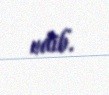
edib.